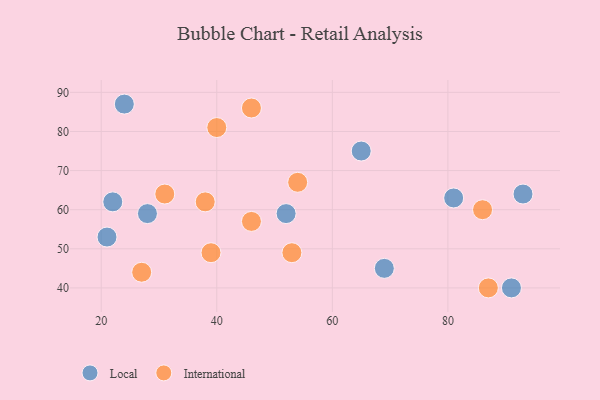
{"axis": {"x": "GDP", "y": "Life Expectancy"}, "legend": ["International", "Local"], "data": [{"x": "65", "y": 75, "type": "Local"}, {"x": "93", "y": 64, "type": "Local"}, {"x": "69", "y": 45, "type": "Local"}, {"x": "81", "y": 63, "type": "Local"}, {"x": "91", "y": 40, "type": "Local"}, {"x": "24", "y": 87, "type": "Local"}, {"x": "22", "y": 62, "type": "Local"}, {"x": "28", "y": 59, "type": "Local"}, {"x": "21", "y": 53, "type": "Local"}, {"x": "52", "y": 59, "type": "Local"}, {"x": "39", "y": 49, "type": "International"}, {"x": "53", "y": 49, "type": "International"}, {"x": "46", "y": 86, "type": "International"}, {"x": "87", "y": 40, "type": "International"}, {"x": "46", "y": 57, "type": "International"}, {"x": "38", "y": 62, "type": "International"}, {"x": "31", "y": 64, "type": "International"}, {"x": "27", "y": 44, "type": "International"}, {"x": "86", "y": 60, "type": "International"}, {"x": "40", "y": 81, "type": "International"}, {"x": "54", "y": 67, "type": "International"}]}